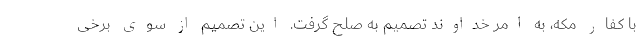
با کفار مکه، به امر خداوند تصمیم به صلح گرفت. این تصمیم از سوی برخی